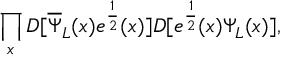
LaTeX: \prod _ { x } D [ { \overline { { \Psi } } } _ { L } ( x ) e ^ { \frac { 1 } { 2 } } ( x ) ] D [ e ^ { \frac { 1 } { 2 } } ( x ) \Psi _ { L } ( x ) ] ,